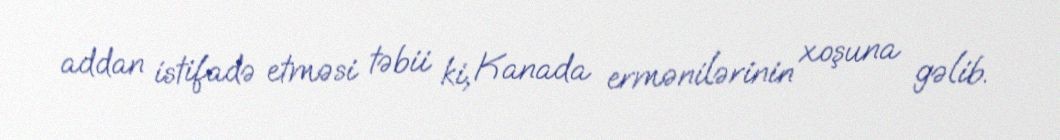
addan istifadə etməsi təbii ki, Kanada ermənilərinin xoşuna gəlib.